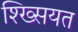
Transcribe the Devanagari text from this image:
श्ख्सियत